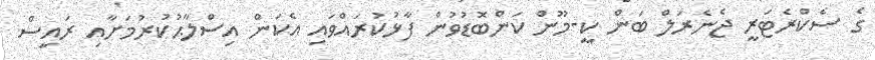
ގެ ސެކްރެޓަރީ ޖެނެރަލް ބަން ކީ-މޫން ކަންބޮޑުވުން ފާޅުކުރައްވައި އެކަން އިސްލާޙުކުރުމަށާއި ރައީސް